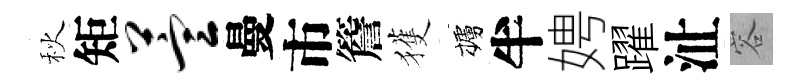
秋矩萱曼市簷獲櫨半娉躍沚容